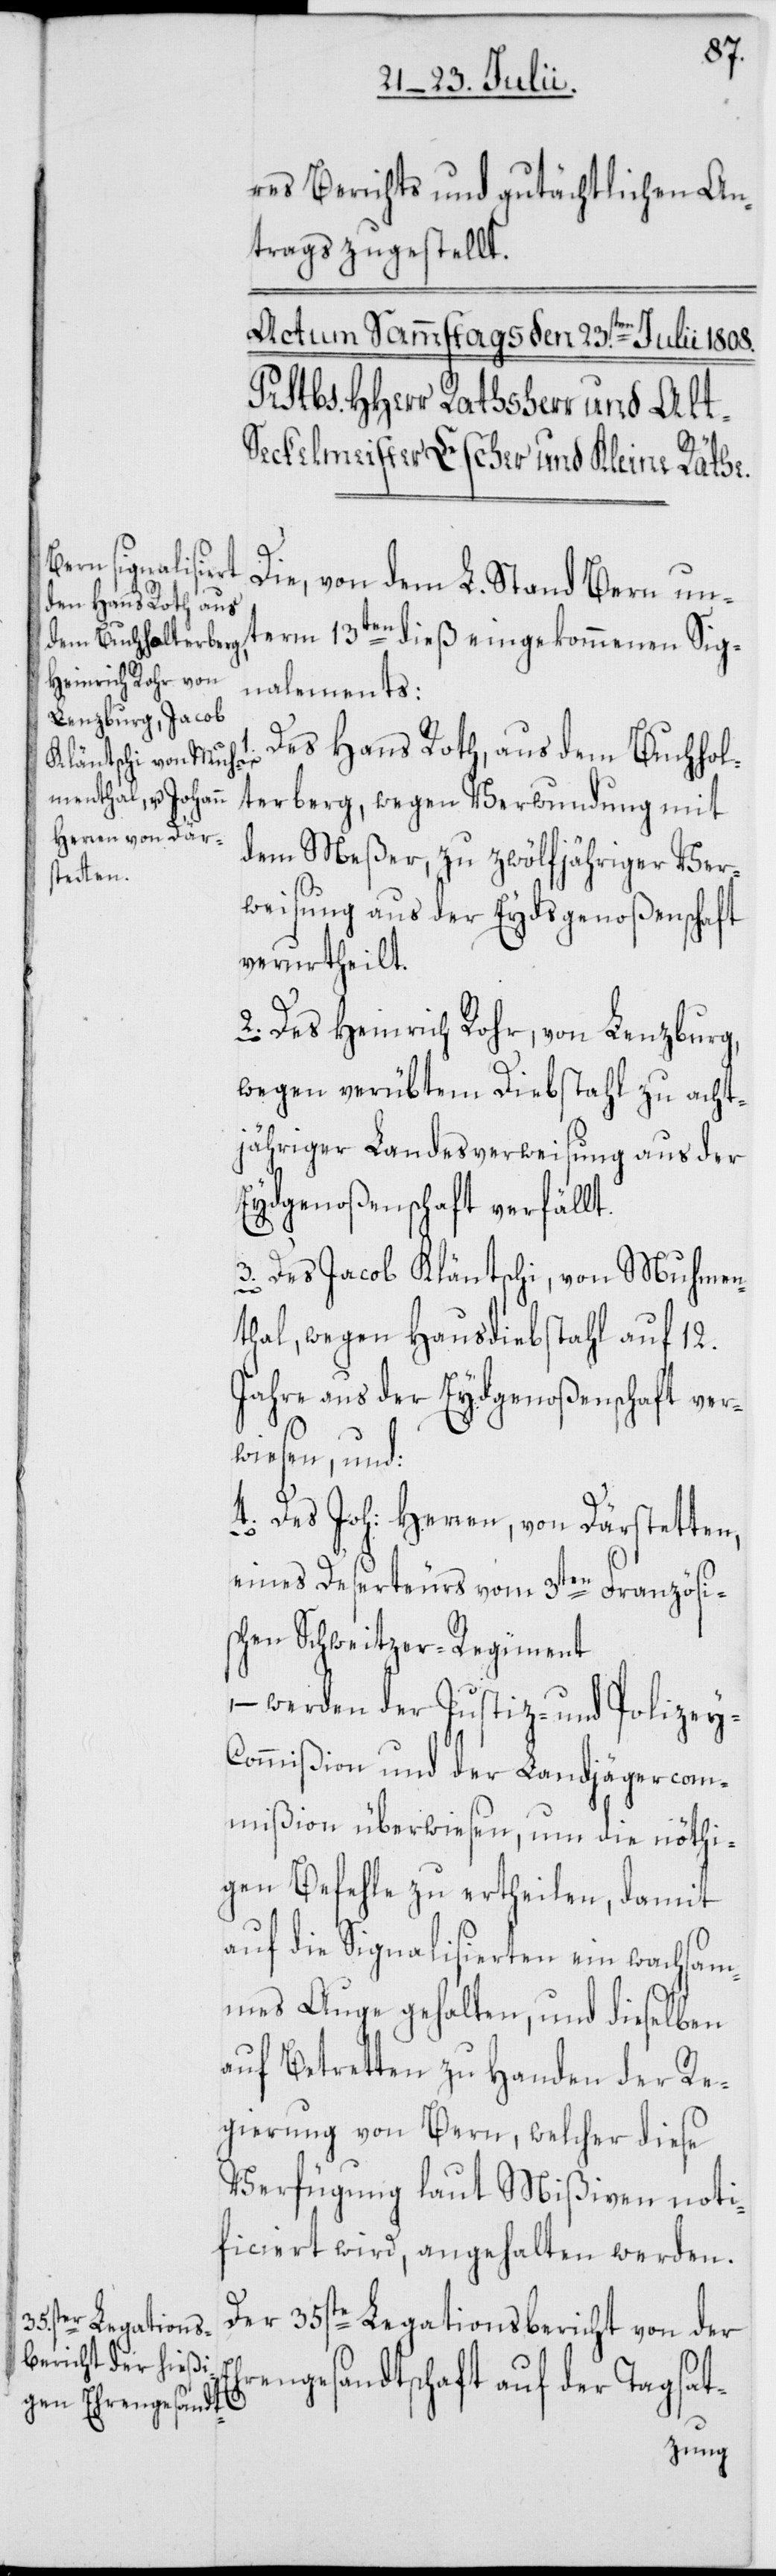
Eh¬
res Berichts und gutächtlichen An¬
trags zugestellt.
Die, von dem L. Stand Bern un¬
term 13ten dieß eingekommenen Sig¬
nalements:
Des Hans Roth, aus dem Buchhol¬
terberg, wegen Verwundung mit
dem Meßer, zu zwölfjähriger Ver¬
weisung aus der Eydsgenoßenschaft
verurtheilt.
2. Des Heinrich Rohr, von Lenzburg,
wegen verübtem Diebstahl zu acht¬
jähriger Landesverweisung aus der
Eydsgenoßenschaft verfällt.
3. Des Jacob Kläntschi von Muhmen¬
thal, wegen Hausdiebstahl auf 12.
Jahre aus der Eydsgenoßenschaft ver¬
wiesen, und:
4. Des Joh: Herren, von Därstetten,
eines Deserteurs vom 3ten Französi¬
schen Schweitzer-Regiment,
werden der Justiz- und Polizey-C¬
ommißion und der Landjägercom¬
mißion überwiesen, um die nöthi¬
gen Befehle zu ertheilen, damit
auf die Signalisierten ein wachsam¬
mes Auge gehalten, und dieselben
auf Betretten zu Handen der Re¬
gierung von Bern, welcher diese
Verfügung laut Mißiven noti¬
ficiert wird, angehalten werden.
Der 35ste Legationsbericht von der
rengesandtschaft auf der Tagsat-